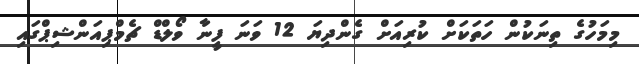
މިމަހުގެ ތިނަކުން ހަތަކަށް ކުރިއަށް ގެންދިޔަ 12 ވަނަ ފީނާ ވޯލްޑް ޗެމްޕިއަންޝިޕްގައި